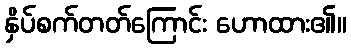
နှိပ်စက်တတ်ကြောင်း ဟောထား၏။